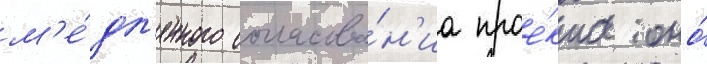
м'е́дл'енного согласова́н'иа прое́кта оно́